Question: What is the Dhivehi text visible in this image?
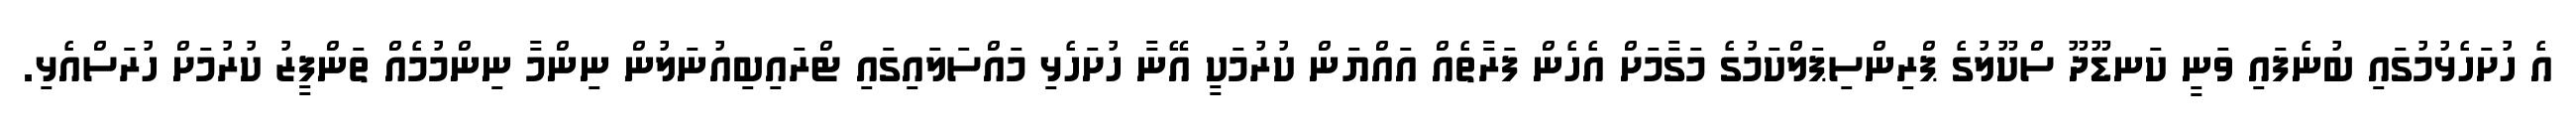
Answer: އެ ހުށަހެޅުމުގައި ބުނެފައި ވަނީ ކަނޑޫދޫ ސްކޫލުގެ ޕްރިންސިޕަލްކަމުގެ މަގާމަށް އެހެން ފަރާތެއް އައްޔަން ކުރުމަކީ އޭނާ ހުށަހެޅި މައްސަލައިގައި ޓްރައިބިއުނަލުން ނިންމާ ނިންމުމެއް ތަންފީޒު ކުރުމަށް ހުރަސްއެޅި.